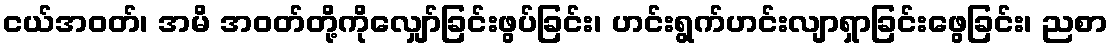
ငယ်အဝတ်၊ အမိ အဝတ်တို့ကိုလျှော်ခြင်းဖွပ်ခြင်း၊ ဟင်းရွက်ဟင်းလျာရှာခြင်းဖွေခြင်း၊ ညစာ